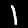
Digit: 1